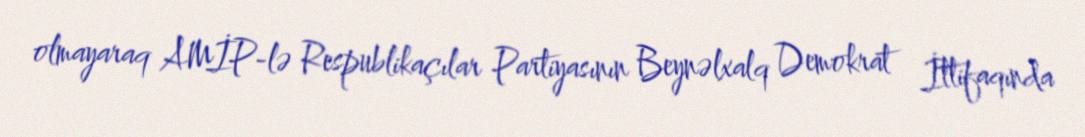
olmayaraq AMİP-lə Respublikaçılar Partiyasının Beynəlxalq Demokrat İttifaqında